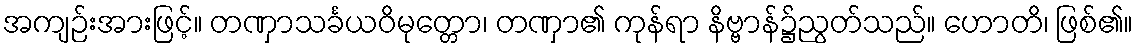
အကျဉ်းအားဖြင့်။ တဏှာသင်္ခယဝိမုတ္တော၊ တဏှာ၏ ကုန်ရာ နိဗ္ဗာန်၌ညွတ်သည်။ ဟောတိ၊ ဖြစ်၏။